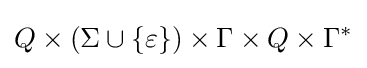
Q\times (\Sigma \cup \{\varepsilon \})\times \Gamma \times Q\times \Gamma ^{*}